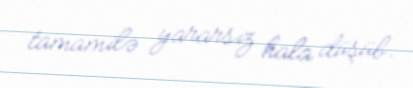
tamamilə yararsız hala düşüb.